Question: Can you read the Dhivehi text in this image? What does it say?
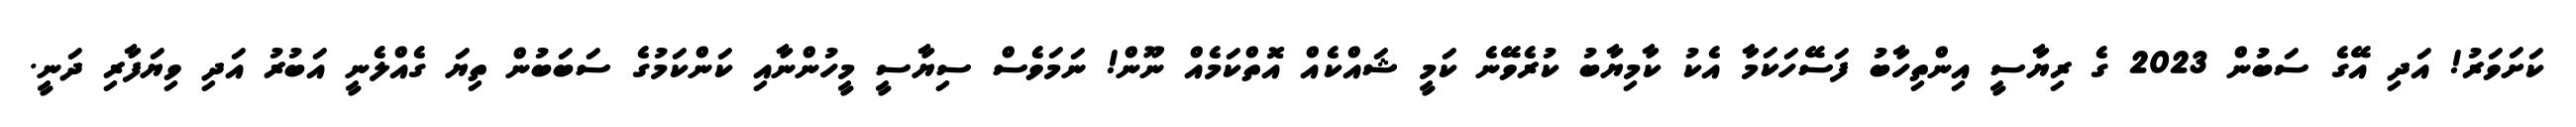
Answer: ކަށަވަރު! އަދި އޭގެ ސަބުން 2023 ގެ ރިޔާސީ އިންތިހާބު ފަސޭހަކަމާ އެކު ކާމިޔާބު ކުރެވޭނެ ކަމީ ޝައްކެއް އޮތްކަމެއް ނޫން! ނަމަވެސް ސިޔާސީ މީހުންނާއި ކަންކަމުގެ ސަބަބުން ތިޔަ ގެއްލެނީ އަބުރު އަދި ވިޔަފާރި ދަނީ.